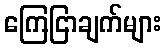
ကြေငြာချက်များ